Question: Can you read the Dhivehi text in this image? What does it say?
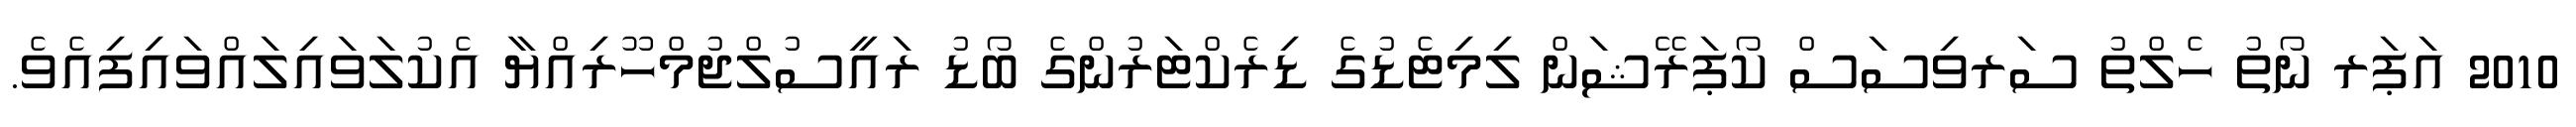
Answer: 2010 އަޕަރ ނޯތު ހެލްތު ސަރވިސަސް ކޯޕަރޭޝަން ލިމިޓެޑުގެ ޑިރެކްޓަރުންގެ ބޯޑު ރައީސުލްޖުމްހޫރިއްޔާ އެކުލަވައިލައްވައިފިއެވެ.